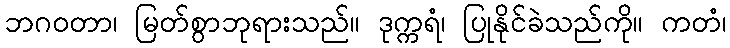
ဘဂဝတာ၊ မြတ်စွာဘုရားသည်။ ဒုက္ကရံ၊ ပြုနိုင်ခဲသည်ကို။ ကတံ၊